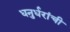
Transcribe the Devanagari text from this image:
धनुर्धरांची